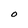
Character: O